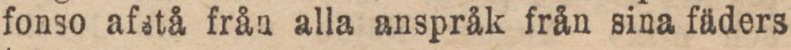
fonso afstå från alla anspråk från sina fäders